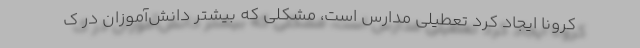
کرونا ایجاد کرد تعطیلی مدارس است، مشکلی که بیشتر دانش‌آموزان در ک